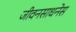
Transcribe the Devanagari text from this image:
जीवनसाधनेस